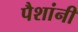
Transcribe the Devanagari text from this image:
पैशांनी